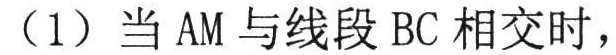
（1）当 \(AM\) 与线段 \(BC\) 相交时，